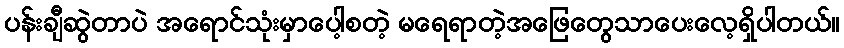
ပန်းချီဆွဲတာပဲ အရောင်သုံးမှာပေါ့စတဲ့ မရေရာတဲ့အဖြေတွေသာပေးလေ့ရှိပါတယ်။